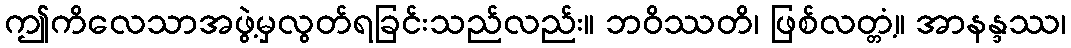
ဤကိလေသာအဖွဲ့မှလွတ်ရခြင်းသည်လည်း။ ဘဝိဿတိ၊ ဖြစ်လတ္တံ့။ အာနန္ဒဿ၊